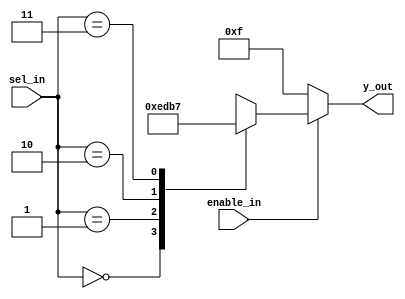
`timescale 1ns / 1ps
//////////////////////////////////////////////////////////////////////////////////
// Company: 
// Engineer: 
// 
// Design Name: 
// Module Name: decoder_2x4
// Project Name: 
// Target Devices: 
// Tool Versions: 
// Description: 
// 
// Dependencies: 
// 
// Revision:
// Revision 0.01 - File Created
// Additional Comments:
// 
//////////////////////////////////////////////////////////////////////////////////

// RTL Design for 2:4 decoder using active low o/ps, 
// consider enable_in as active high, with the test bench

module decoder_2x4(
                    input [1:0] sel_in,
                    input enable_in,
                    output reg [3:0] y_out
                    );
                    

always @(*)
    begin
        if(enable_in)
            begin
            case(sel_in)
                2'b00 : y_out = 4'b1110;
                2'b01 : y_out = 4'b1101;
                2'b10 : y_out = 4'b1011;
                2'b11 : y_out = 4'b0111;
                default : y_out = 4'b1111;
             endcase
             end
         else
                y_out = 4'b1111;                
     end

endmodule